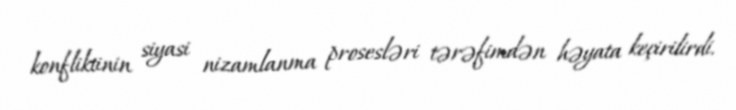
konfliktinin siyasi nizamlanma prosesləri tərəfimdən həyata keçirilirdi.